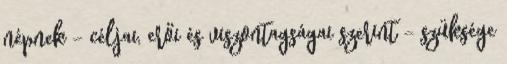
népnek – céljai, erői és viszontagságai szerint – szüksége